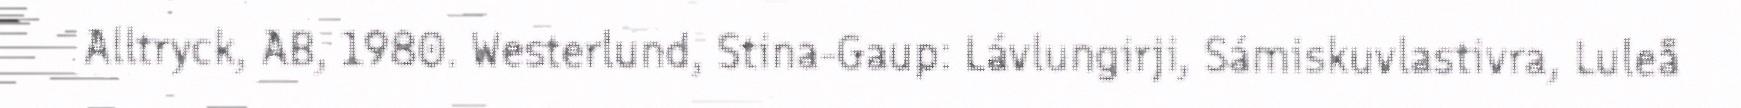
Alltryck, AB, 1980. Westerlund, Stina-Gaup: Lávlungirji, Sámiskuvlastivra, Luleå